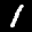
Label: 1